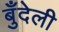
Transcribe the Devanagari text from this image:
बुँदेली